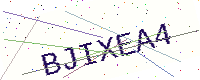
Text: BJIXEA4